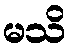
မသိ